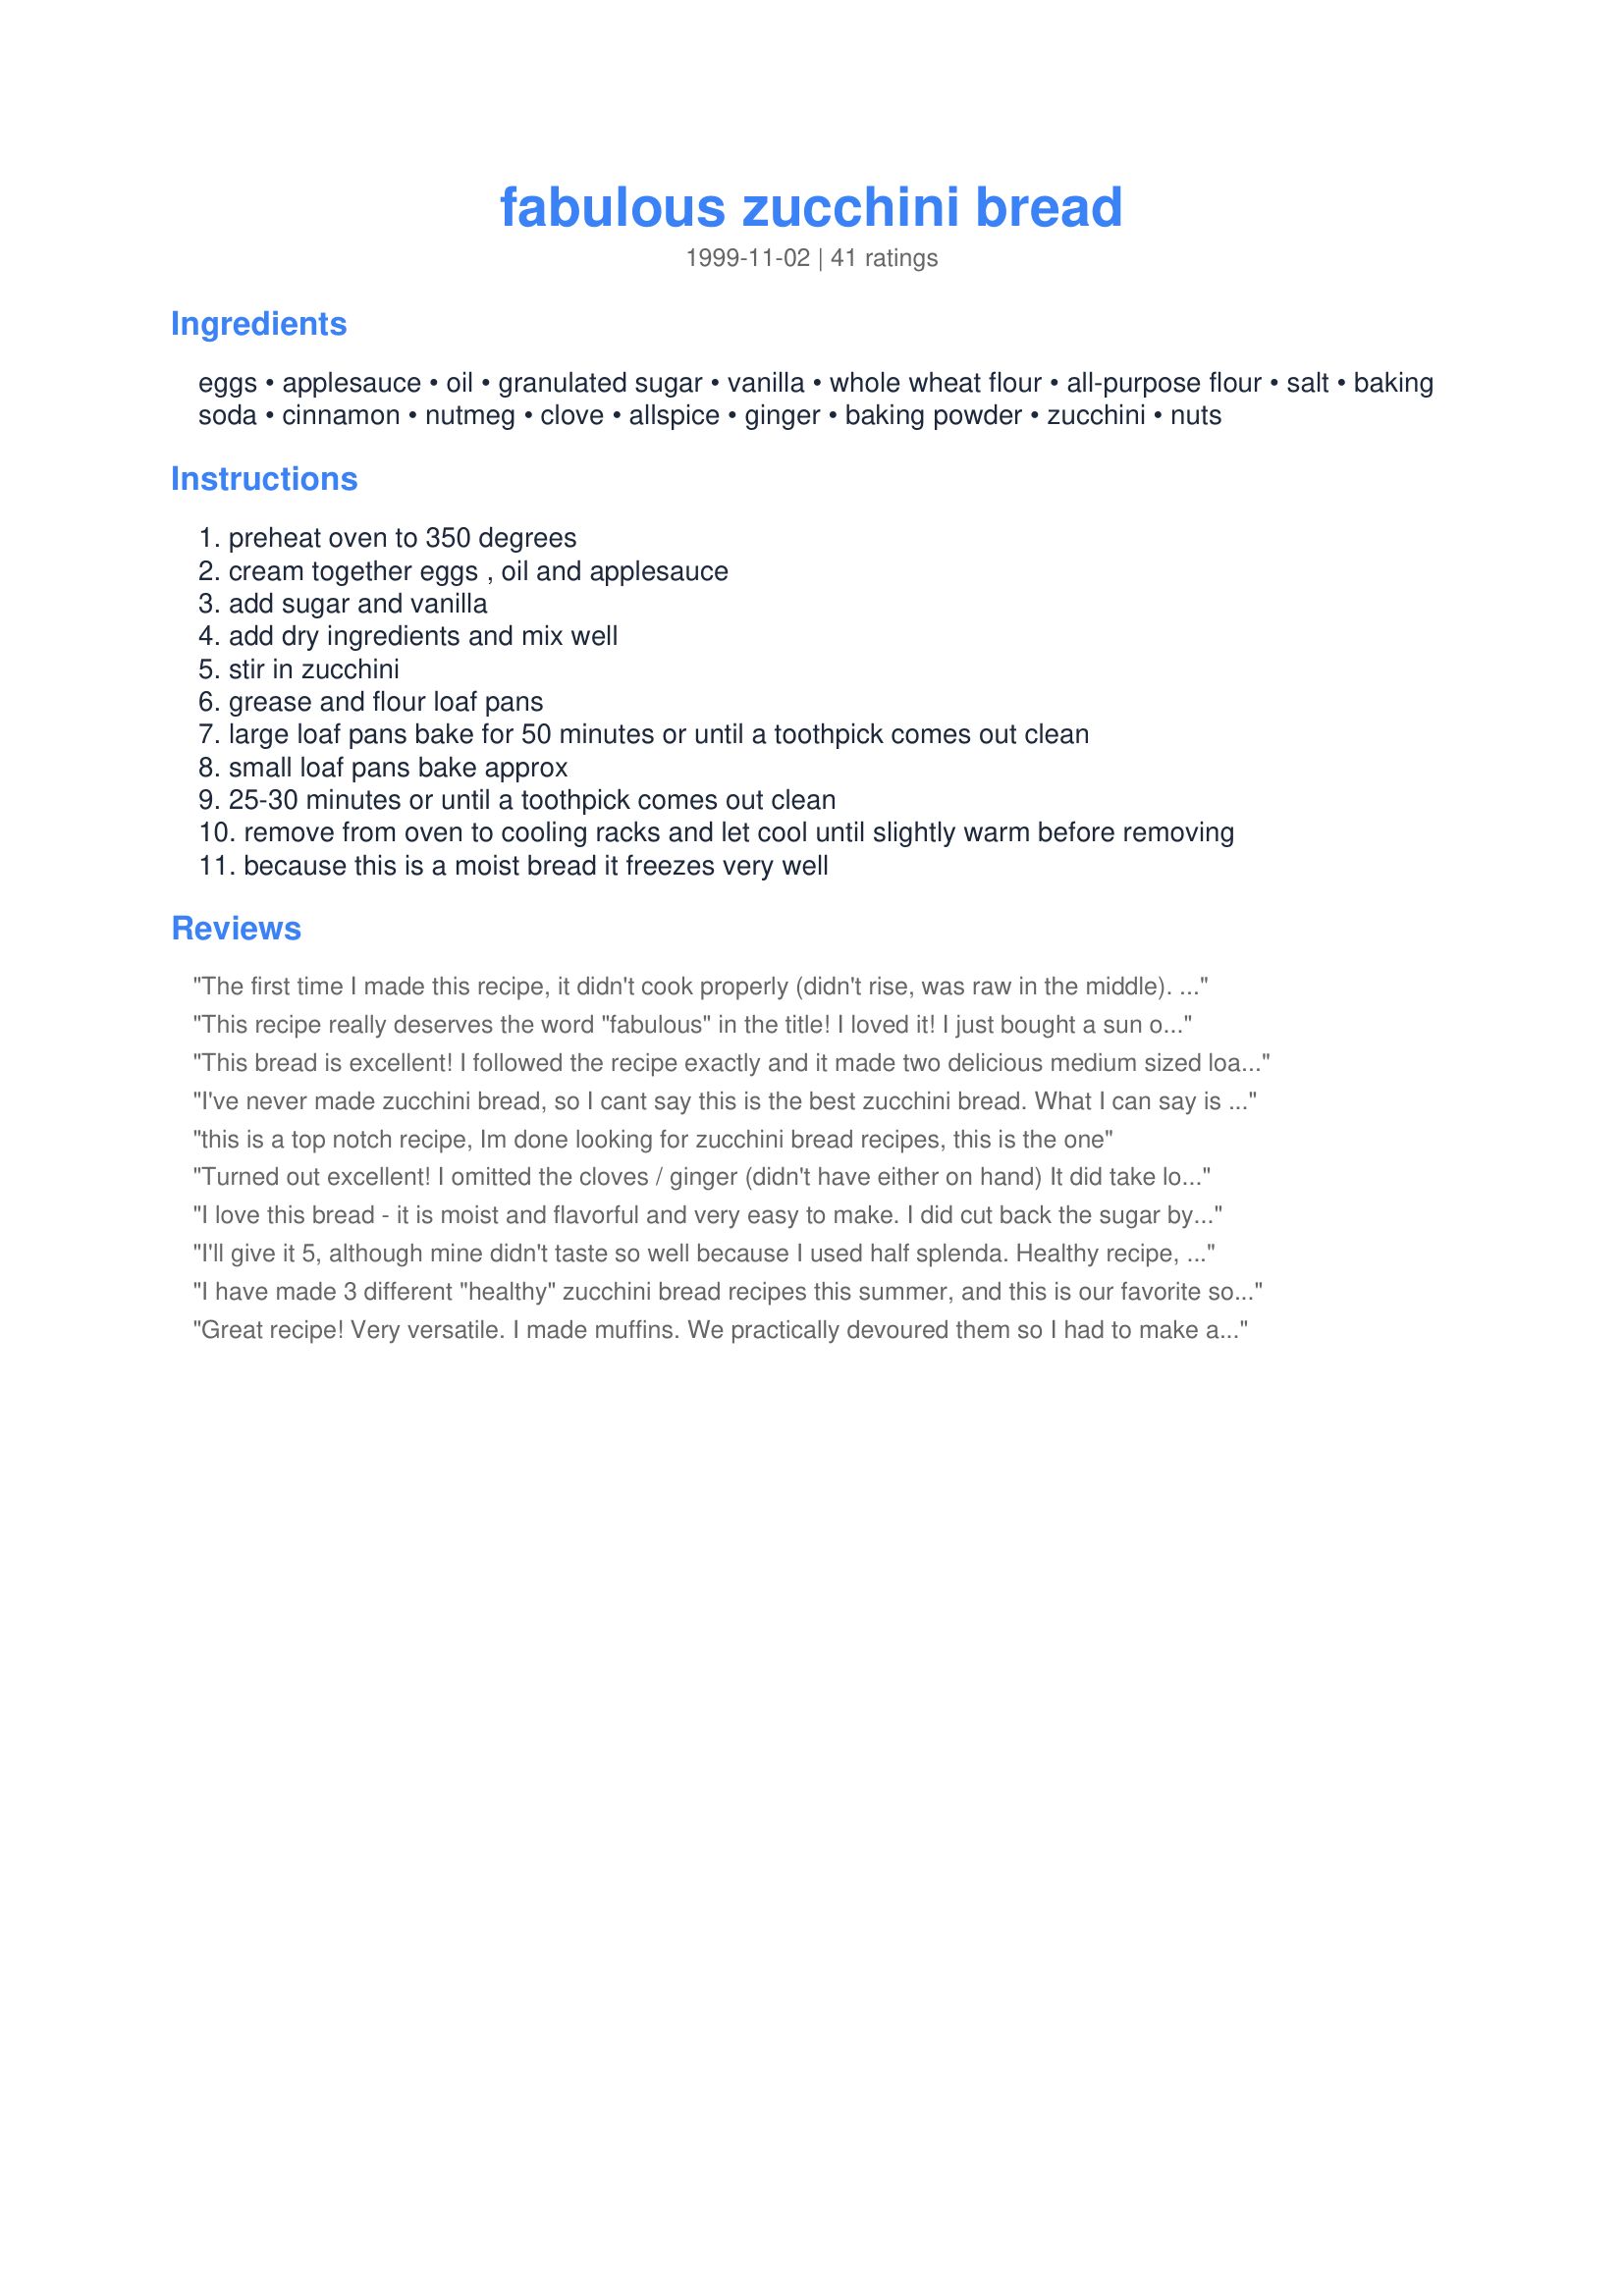
fabulous zucchini bread
Preparation time: 0 minutes

Ingredients:
eggs, applesauce, oil, granulated sugar, vanilla, whole wheat flour, all-purpose flour, salt, baking soda, cinnamon, nutmeg, clove, allspice, ginger, baking powder, zucchini, nuts

Steps:
preheat oven to 350 degrees
cream together eggs , oil and applesauce
add sugar and vanilla
add dry ingredients and mix well
stir in zucchini
grease and flour loaf pans
large loaf pans bake for 50 minutes or until a toothpick comes out clean
small loaf pans bake approx
25-30 minutes or until a toothpick comes out clean
remove from oven to cooling racks and let cool until slightly warm before removing
because this is a moist bread it freezes very well

Reviews:
The first time I made this recipe, it didn't cook properly (didn't rise, was raw in the middle). I looked at all the other rave reviews and thought I must have done sometihing wrong -- found out later that the bottom element in my oven was on the fritz! Remade the recipe as given (once oven fixed!) and got 5 really "fabulous" mini-loaves. So if it doesn't come out right -- it's not the recipe's fault!
This recipe really deserves the word "fabulous" in the title! I loved it! I just bought a sun oven (set it up outside and let the sun do the cooking so my house stays cool) and this was the first recipe I tried. Turned out great!! (I didn't have any applesauce so I used Lighter Bake, a fruit sauce designed to replace fat in recipes.) I also didn't have allspice, so I skipped that too. I'm filing this recipe so I can make it again and again.
This bread is excellent! I followed the recipe exactly and it made two delicious medium sized loaves. One to keep and one to share...maybe :-)
I've never made zucchini bread, so I cant say this is the best zucchini bread. What I can say is that this is one of the best loafs or cakes I've ever made. 1 1/2 of this recipe made 2 large loafs, and it took quite a bit longer than the 50 minutes suggested to cook, so watch out.
this is a top notch recipe, Im done looking for zucchini bread recipes, this is the one
Turned out excellent! 
I omitted the cloves / ginger (didn't have either on hand) It did take longer to bake, but it could just be my oven. I made 5 mini loaves.

Thank you for posting this recipe! I'm very glad I stumbled upon it! :)
I love this bread - it is moist and flavorful and very easy to make. I did cut back the sugar by 1/2 cup and could even do with a wee bit less for my tastes. I used all the spices and like the combination very much - did not peel my zucchini - added chopped toasted pecans. I am going to whip up another couple of batches to have some for the freezer and to give to friends. Thanks so much for sharing this recipe.
I'll give it 5, although mine didn't taste so well because I used half splenda. Healthy recipe, and I also used 1 c. rhubarb in place of one cup of zucchini. Will most likely use again
I have made 3 different "healthy" zucchini bread recipes this summer, and this is our favorite so far. It turned out great! It doesn't taste "healthy." I added 1/3 cup minature chocolate chips and 1 Tbsp. ground flax meal.
Great recipe! Very versatile. I made muffins. We practically devoured them so I had to make another batch the next day. I love the applesauce in place of so much oil.
The spice combination is wonderful.
I never thought of ginger in Zucchini Muffins.
In the first batch of muffins I reduced the sugar by 1/4 cup.
I only had 3/4 of a cup of zucchini for the second batch.
I diced up a banana , cut the sugar by 1/2 cup and the oil down to 2 TBSP. Awesome
Works just as great as muffins!
Really moist and sweet. Loved it!
I love all of the spices!!!! Thank you for a delicious recipe. I'd give it 10 stars if I could!!!!
I didn't have all the spices, so I just used cinnamon, nutmeg and allspice...it is DELICIOUS! I also added chocolate chips. :) Really moist and yummy, and the whole wheat flour does not make it too dense.
This was also my first time making zucchini bread (We have been really lucky in the garden this summer!) so I was looking for a winner, this is it! 
I made one loaf and 24 mini muffins with the recipe. My kids absolutely couldn't have enough of them! Me too!
Thank You!
Very good recipe. The zucchini yield is losing its charm, and I'm trying to use it up, so I tried this recipe. I doubled the batch and got two large loaves and 12 muffins. I used half the amount of cloves as per several reviews, and only had half the amount of sugar in the house. It was sweet enough for us, very yummy. I have several more squash waiting to be picked, so I may make 2 or three more double batches and put them in the freezer for future pot lucks and meetings. Thanks for a great recipe!
OMG this recipe is beyond fantastic...My daughter followed the recipe as is except that she used between 2 and 3 cups of grated zucchini. She made it for her boyfriend, godson and cousins and all who tried it LOVED it, even the 6 year old!!! In fact, we've decided to make mini muffins and serve them as finger food apps at Thanksgiving.
I was looking for a recipe to use the rest of my ingredients from making vegetable lasagna. This was perfect. I had zucchini, squash, spinach and carrots shredded and used them to make a double recipe. I also use 3 cups of raw sugar rather than 4 cups of regular for health reasons and my sons like it better. Great spices.
This is FANTASTIC - exactly what I was looking for. I found zucchini for 39 cents/lb at the farmers market, so I wanted to make bread. I didn't use nuts (food allergy) but I added in some dark chocolate chips, which were perfect. I've gotten so many compliments on the bread!
I love spices, and this turned out perfect for me. My friends and family gobbled it up, too.
I am not sure what i did wrong, but when i made this, it just didn't turn out right. The bread never rose, and the middle never cooked and i was very disappointed. Luckily, i hadn't put all of the batter in the loaf pan, and was able to add about 1/2 C more flour and 3/4 teaspoon more baking powder. The second loaf came out, looking safer to eat and tasting well. I will try again at a later time and see how it comes out.
To cut some calories, I used 1 cup of Splenda/Sugar mix. I may use 3/4 cup next time, because it didn't really need the sweetness. (I also didn't use cloves, because I didn't have any on hand...) In any event, it turned out wonderfully - perfect for a fall morning with coffee. Thanks!
Very flavorful and yummy! I followed the recipe exactly and it was fabulous. Next time, I will use more whole wheat flour and less white and a little less sugar--just for health reasons, but otherwise LOVED IT!
I love, love, love this bread! I have made this several times and it ALWAYS comes out perfect. It's even a hit with the kids. It is a very forgiving recipe too. There have been a couple of times I have been low on some of the spices and it still comes out tasting great despite skimping on the nutmeg or cinnamon. Make this exactly as written and you can't go wrong. It does seem to take a little longer to bake than the recipe shows but that is to be expected when baking. ENJOY!!!
I substituted 3 bananas instead of zucchini and it was very yummy!
Outstanding, as stated. I doubled it and it made three large loaves. In my opinion, I thought the cloves overpowered some of the other spices. I left out cloves in my second batch, and thought it was the best zucchini bread I ever ate!
Wonderful flavors from the great combination of spices and we loved the applesauce instead of tons of oil! I made one regular sized loaf and 12 large muffins instead of mini loaves. Thanks for sharing Tonkcats!
**This was saved in my Tope 2008 Recipes Cookbook
Loved it! If you want to make zucchini bread this is the recipe to make. It did indeed make 5 mini loaves and the kids and I loved it all.
This is a wonderful recipe! I was given a monster sized zucchini (picture that size, then TRIPLE that size!). I used 1 1/2 cups sugar (1 cup Splenda & 1/2 cup sugar), 1 tsp cinn & vanilla (skipped all the other spices) & added 1/2 cup choc chips (according to my hubby, this is necessary if u reduce the sugar amt!). I used 2 medium sized loaf pans & it took 40 min. I grated the zucchini, then squeezed the water out, then measured out 2 cups & added it to the batter. It really does make a difference to do it that way! (I think!) thanks for sharing--I have ANOTHER nuclear warhead sized zucchini to use up!!
FABULOUS! The title really suits this recipe, I first made this recipe when looking for a "Z" snack for my daughter's preschool class and all of the kids just loved it, I made our family the rest and was told that I must keep making this ;) I don't make it as a loaf though, I make it as muffins and they turn out great, perfect with breakfast or as a snack throughout the day for the kids and fairly healthy to boot.
SO DELICIOUS!! I have made this bread several times and absolutely love it - I even bring it to my friends and family because it is so dang good. I don't have all-spice, so I don't use it. Also, I cut the amount of cloves in about half (per the review of another). The only thing I wonder is if some of the sugar could be substituted for Splenda. I've never tried baking with it, but if it could be done this bread recipe would be even more perfect!
This zucchini bread is VERY spicy. I like one with a much more delicate flavor. Thanks for sharing, though.
I thought it was way too spicy. Reminds me of a magazine critique about traditional zucchini bread drawbacks, one of which was the over-spicing of the bread. Must have been talking about this one! For some good zucchini recipes, try: recipe #15826 or recipe #9350.
Made these for my preschooler's birthday snack in her class. The kids loved the "cupcakes" and the teacher and other moms did too for the good ingredients. I even reduced the sugar by about 1/4 cup and still was delicious.
Excellent. I fiddled with the spices (mostly just cut back on the cloves). I didn't have apple sauce, so added apple juice and chopped dried apples and raisins. I would definitely make again, but as said Chris Reynolds, it is very spicy--Christmasy to me--so I might fiddle even further to make it seem more summery!!! ;-)
Moist and delish. My husband left me a note just to let me know how good THIS bread was compared to previous recipes! Of course, it's a keeper.
This was a wonderful recipe! I reduced by half the amount of sugar, and added chopped-up apples to the loaf- in a word, fantastic!
This zucchini bread is fabulous. I have made it twice this week and have received rave reviews from family and friends, including my four year old son. This bread freezes very well. I find that I do have to bake it for quite a while. I am using four smaller bread pans (not quite mini I guess) and it is taking about 50 minutes to get the bread completely done.
These are great. Had to make a little adjustment because of kids
pickyness. Used 1 1/2 t cinnamon
and 1/2 t nutmeg, left out the other spices and nuts. And they were still great. made as muffins and got 24. Thanks for a very good
zucchini bread.
My husband begs me to make this recipe for him! I make it with homemade applesauce and it is wonderful!
This is a really good and easy recipe! Delicious fresh from the oven, and still moist and yummy the next morning (can't say beyond that, because I just made them last night). I followed the recipe exactly as stated and made 24 muffins. I will definitely make this again. Yummy! Thanks!
